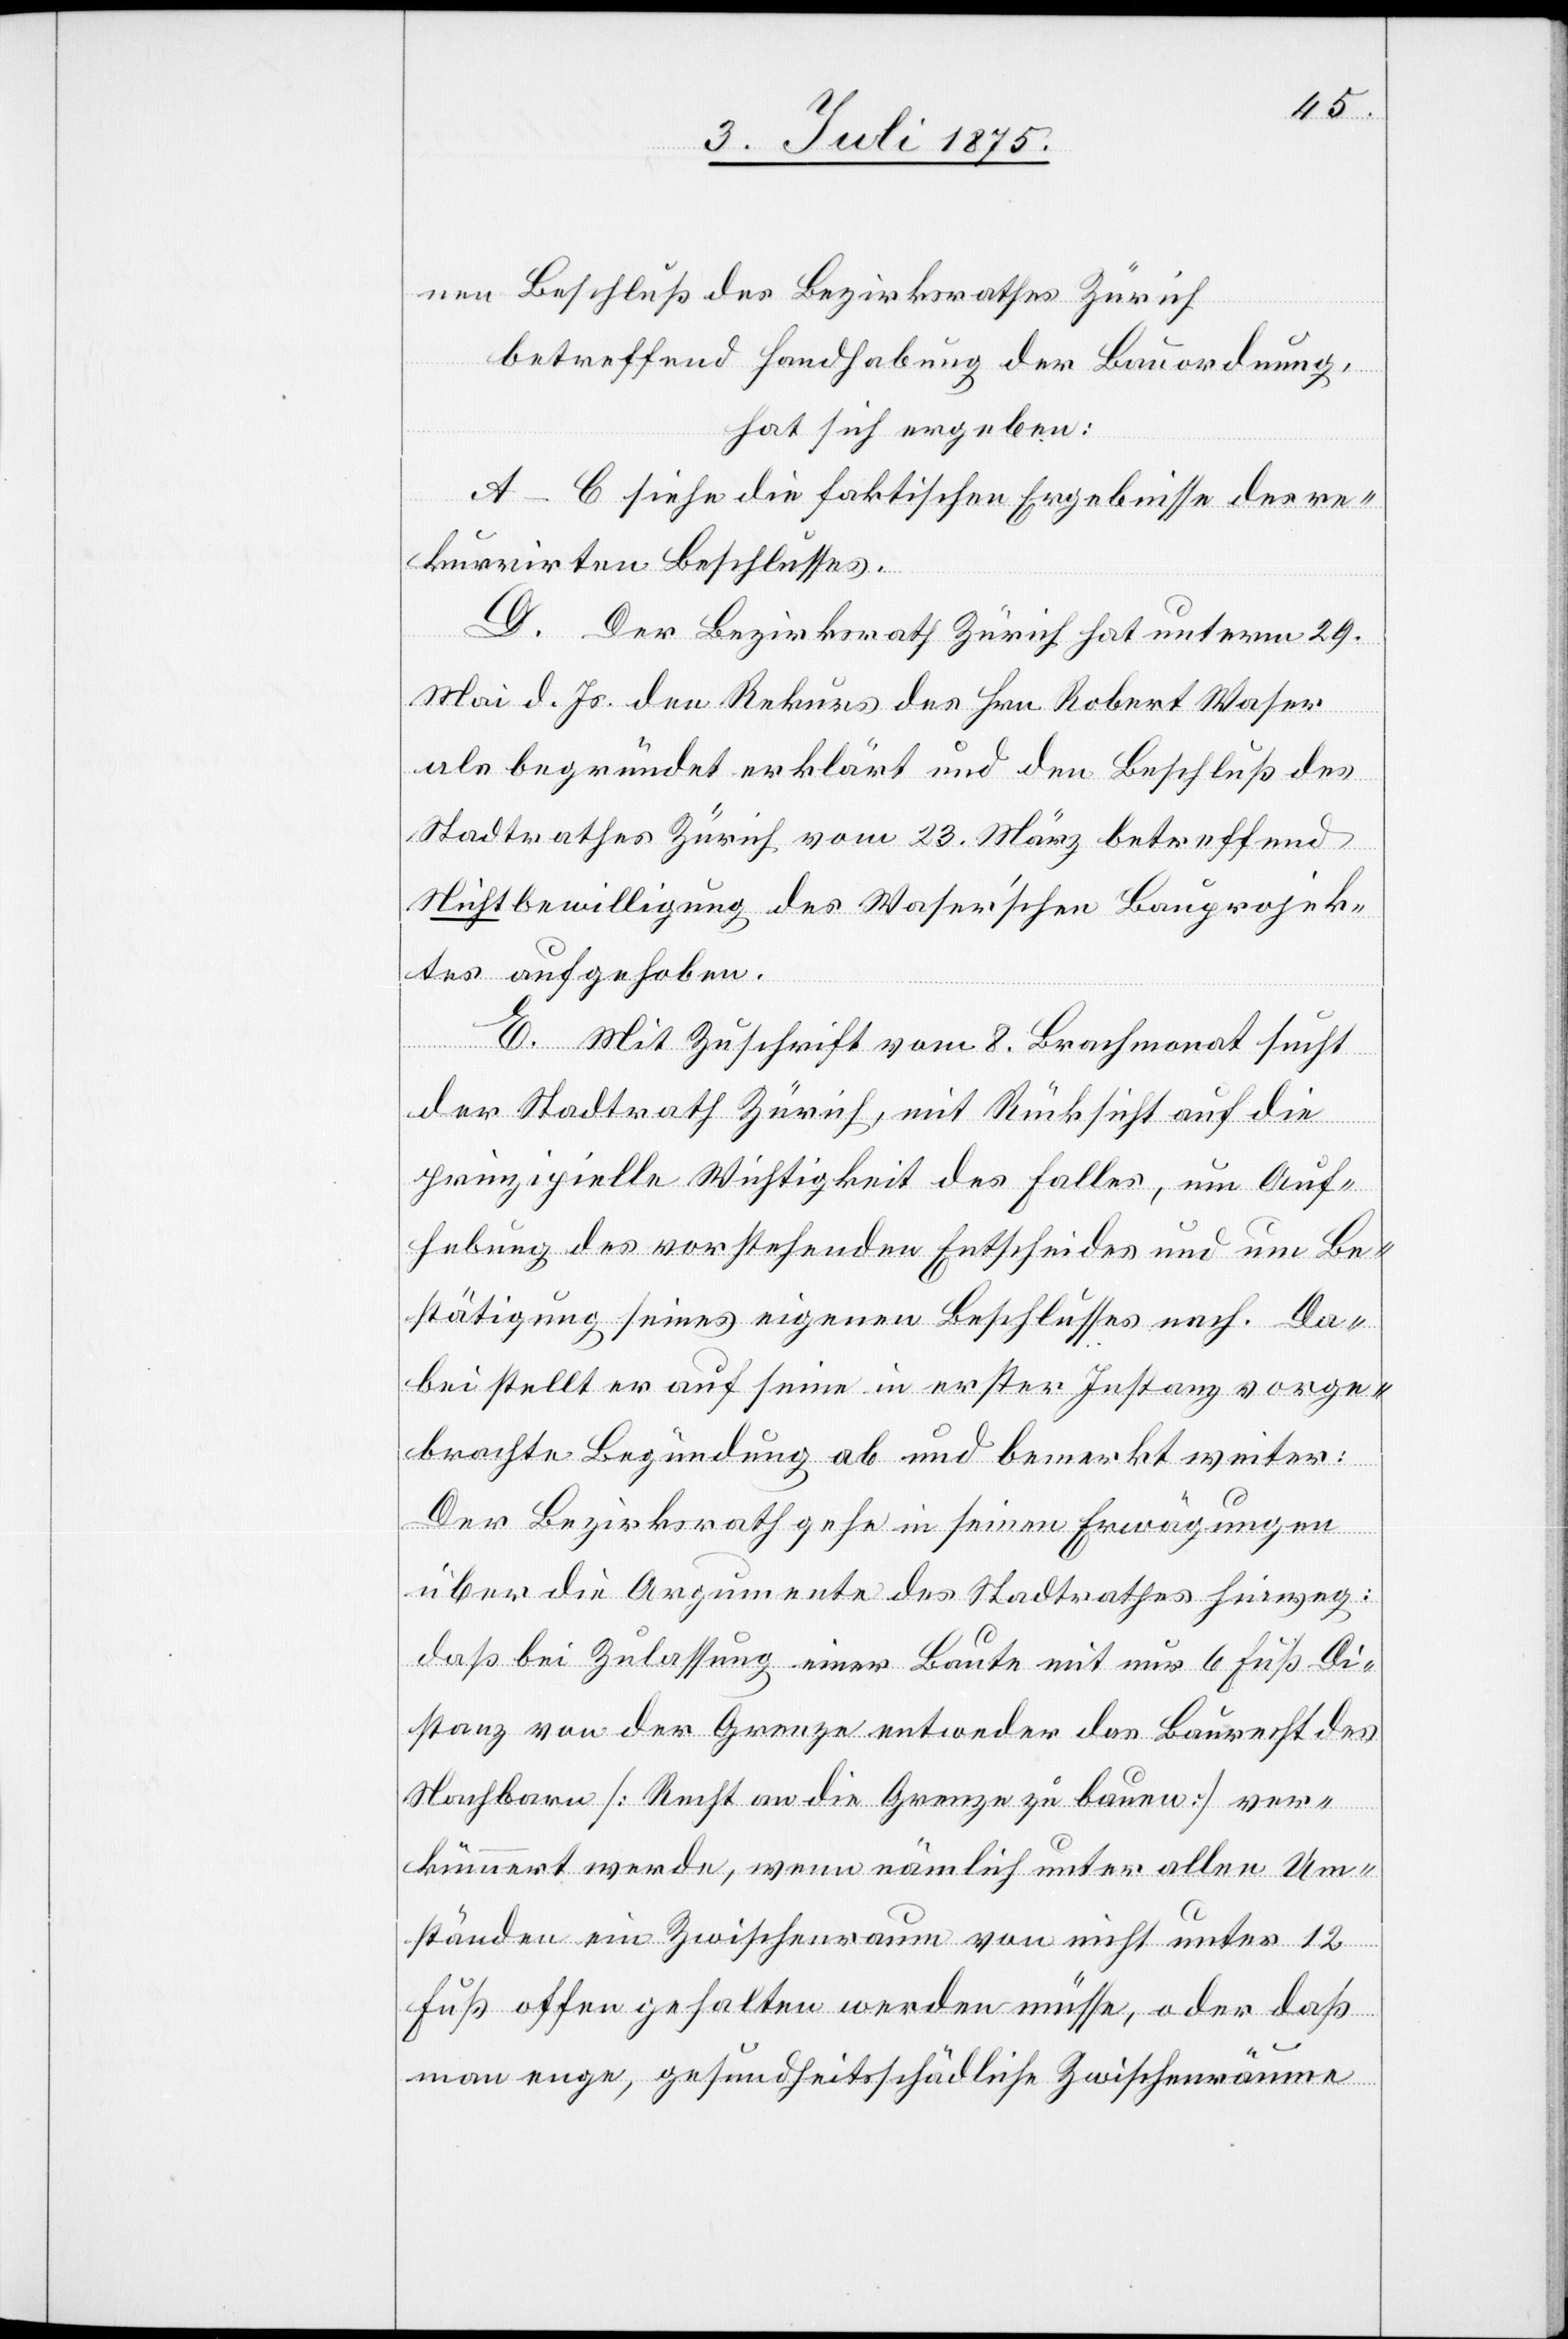
nen Beschluß des Bezirksrathes Zürich
betreffend Handhabung der Bauordnung,
hat sich ergeben:
A–C siehe die faktischen Ergebnisse des re¬
kurrirten Beschlusses.
D. Der Bezirksrath Zürich hat unterm 29.
Mai d. Js. den Rekurs des Hrn. Robert Waser
als begründet erklärt und den Beschluß des
Stadtrathes Zürich vom 23. März betreffend
Nichtbewilligung des Waser’schen Bauprojek¬
tes aufgehoben.
E. Mit Zuschrift vom 8. Brachmonat sucht
der Stadtrath Zürich, mit Rücksicht auf die
prinzipielle Wichtigkeit des Falles, um Auf¬
hebung des vorstehenden Entscheides und um Be¬
stätigung seines eigenen Beschlusses nach. Da¬
bei stellt er auf seine in erster Instanz vorge¬
brachte Begründung ab und bemerkt weiter:
Der Bezirksrath gehe in seinen Erwägungen
über die Argumente des Stadtrathes hinweg:
daß bei Zulassung einer Baute mit nur 6 Fuß Di¬
stanz von der Grenze entweder das Baurecht des
Nachbarn [Recht an die Grenze zu bauen] ver¬
kümmert werde, wenn nämlich unter allen Um¬
ständen ein Zwischenraum von nicht unter 12
Fuß offengehalten werden müsse, oder daß
man enge, gesundheitsschädliche Zwischenräume